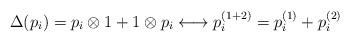
LaTeX: \begin{align*}\Delta(p_i) = p_i \otimes 1 + 1 \otimes p_i \longleftrightarrow p^{(1+2)}_{i} = p^{(1)}_i + p^{(2)}_i\end{align*}